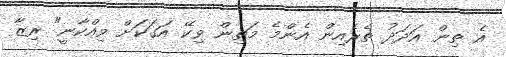
އެ ތިން އަދަދު ތެރެއިން އެންމެ މަތިން ވިކޭ އަގަކަށް ވިއްކާނީ" ރިޒާ